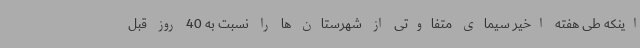
اینکه طی هفته اخیر سیمای متفاوتی از شهرستان ها را نسبت به 40 روز قبل